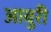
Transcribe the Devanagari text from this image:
आबुरी